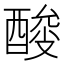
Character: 𰼎